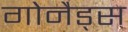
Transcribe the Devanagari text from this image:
गोनैड्स